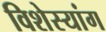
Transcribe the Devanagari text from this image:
विशेस्यांग